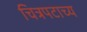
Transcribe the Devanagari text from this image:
चित्रपटाच्य